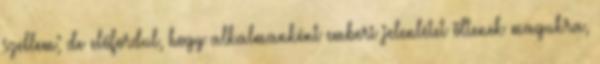
szellem; de előfordul, hogy alkalmanként emberi jelenlétet öltenek magukra,